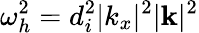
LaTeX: \omega_{h}^{2}=d_{i}^{2}|k_{x}|^{2}|{\mathbf k}|^{2}